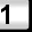
Digit: 1